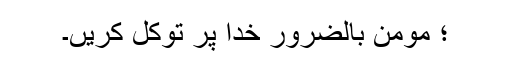
؛ مومن بالضرور خدا پر توکل کریں۔